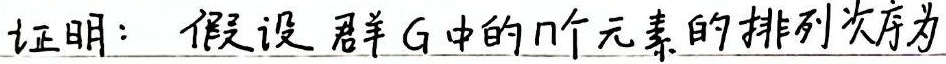
证明：假设群\(G\)中的\(n\)个元素的排列次序为